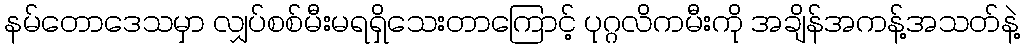
နမ်တောဒေသမှာ လျှပ်စစ်မီးမရရှိသေးတာကြောင့် ပုဂ္ဂလိကမီးကို အချိန်အကန့်အသတ်နဲ့